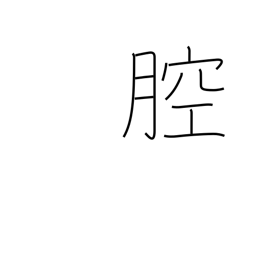
Meaning: body cavity